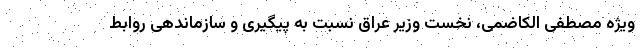
ویژه مصطفی الکاضمی، نخست وزیر عراق نسبت به پیگیری و سازماندهی روابط